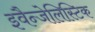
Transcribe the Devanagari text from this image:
इवैन्जेलिस्टिक